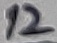
Text: 12